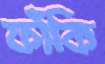
ফাঁকি